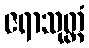
ဇရာသုတ္တံ